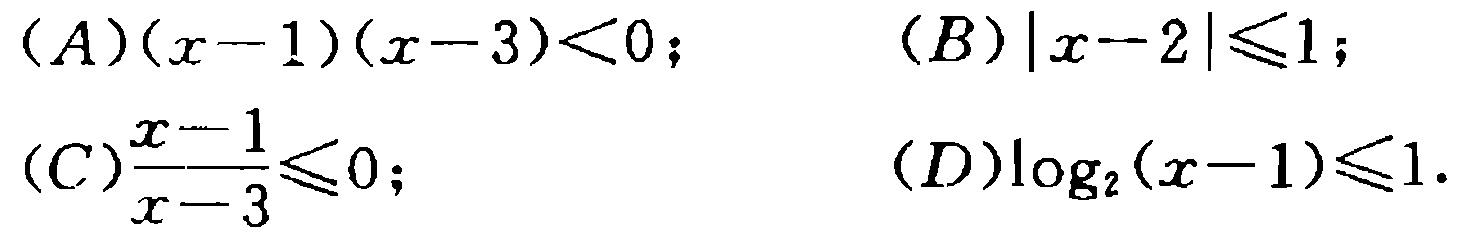
(A)\((x - 1)(x - 3) < 0\); (B)\(\vert x - 2\vert\leqslant1\); (C)\(\frac{x - 1}{x - 3}\leqslant0\); (D)\(\log_2(x - 1)\leqslant1\).